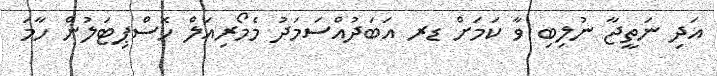
އަދި ނަތީޖާ ނުލިބި ވާ ކަމަށް ޑރ އަބަދުއްސަމަދު މެމޯރިއަލް ހޮސްޕިޓަލުން ހާމަ